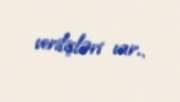
verilişləri var..